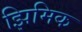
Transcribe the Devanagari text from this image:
झिमिक